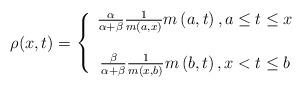
LaTeX: \begin{align*}\rho (x,t)=\left\{\begin{array}{c}\frac{\alpha }{\alpha +\beta }\frac{1}{m\left( a,x\right) }m\left(a,t\right) ,a\leq t\leq x \\\\\frac{\beta }{\alpha +\beta }\frac{1}{m\left( x,b\right) }m\left( b,t\right),x<t\leq b\end{array}\right. \end{align*}